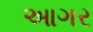
આગર